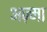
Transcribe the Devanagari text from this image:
अज़्मा